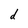
Character: d